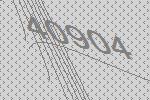
40904